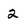
Character: 2